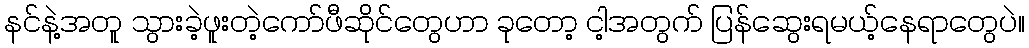
နင်နဲ့အတူ သွားခဲ့ဖူးတဲ့ကော်ဖီဆိုင်တွေဟာ ခုတော့ ငါ့အတွက် ပြန်ဆွေးရမယ့်နေရာတွေပဲ။